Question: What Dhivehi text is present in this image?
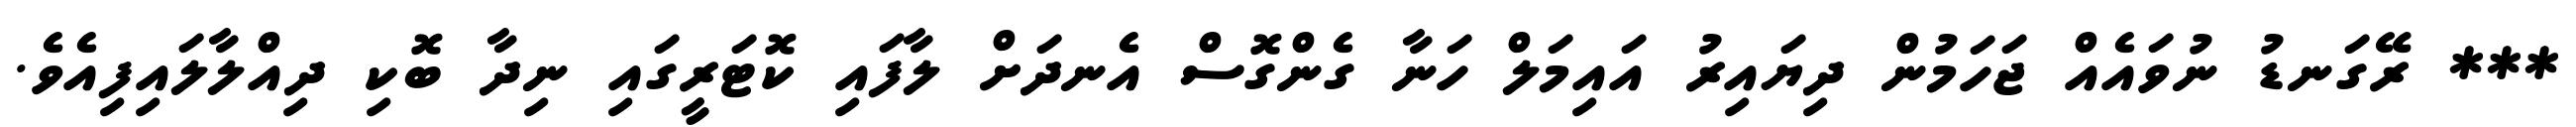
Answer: *** ރޭގަނޑު ނުވައެއް ޖަހަމުން ދިޔައިރު އައިމަލް ހަނާ ގެންގޮސް އެނދަށް ލާފައި ކޮޓަރީގައި ނިދާ ބޮކި ދިއްލާލައިފިއެވެ.